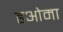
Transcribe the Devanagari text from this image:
हओमा